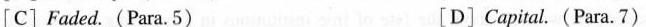
[C] Faded. (Para,5) [D]Capitol. (Para.7)